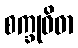
စက္ခုဝိဓာ